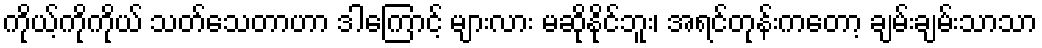
ကိုယ့်ကိုကိုယ် သတ်သေတာဟာ ဒါကြောင့် များလား မဆိုနိုင်ဘူး၊ အရင်တုန်းကတော့ ချမ်းချမ်းသာသာ